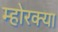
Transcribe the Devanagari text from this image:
म्होरक्‍या